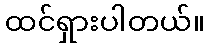
ထင်ရှားပါတယ်။